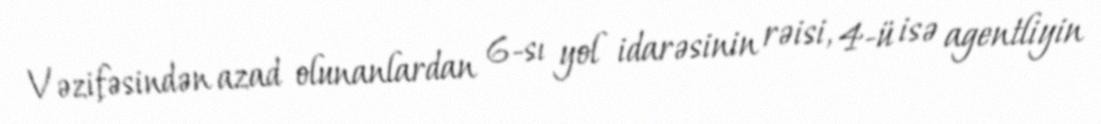
Vəzifəsindən azad olunanlardan 6-sı yol idarəsinin rəisi, 4-ü isə agentliyin